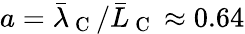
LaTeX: a=\bar{\lambda}_{\mathrm{~C~}}/\bar{L}_{\mathrm{~C~}}\approx 0.64